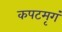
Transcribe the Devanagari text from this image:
कपटमृगं